Insane asylums in Bengal annual reports 1867-1875 - 1867-1875
Year: 1867
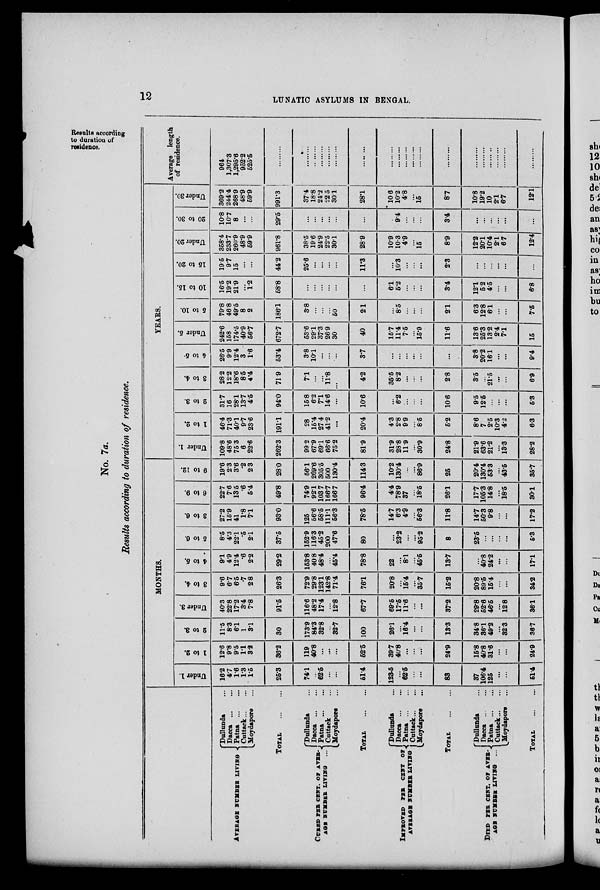
12
LUNATIC ASYLUMS IN BENGAL.
No. 7a.
Results according to duration of residence.
Results according
to duration of
residence.
AVERAGE NUMBER LIVING
Dullunda ...
Dacca
...
...
Patna
...
...
Cuttack ... ...
Moydapore ...
TOTAL
...
CURED PER CENT. OF AVER-
AGE NUMBER LIVING ...
Dullunda ...
Dacca ... ...
Patna ... ...
Cuttack ...
Moydapore ...
TOTAL ...
IMPROVED PER CENT OF
AVERAGE NUMBER LIVING
Dullunda ...
Dacca ... ...
Patna
...
...
Cuttack ... ...
Moydapore ...
TOTAL ...
DIED PER CENT. OF AVER-
AGE NUMBER LIVING ...
Dullunda ...
Dacca
...
...
Patna
...
...
Cuttack ... ...
Moydapore ...
TOTAL ...
MONTHS.
Under 1.
16.2
4.7
1.6 1.3
1.5
25.3
74.1
...
62.5
...
...
51.4
123.5
...
62.5
...
...
83
37
106.4
125
...
...
51.4
1 to 2.
12.6
9.8
9.5
1.1
3.2
36.2
119
40.8
...
...
...
52.5
39.7
40.8
...
...
...
24.9
15.8
40.8
31.6
...
...
24.9
2 to 3.
11.5
8.3
6.1
1
3.1
30
173.9
84.3
32.8
...
32.7
100
26.1
...
16.4
...
...
13.3
34.8
36.1
49.2
...
32.3
36.7
Under 3.
40.3
22.8
17.2
3.4
7.8
91.5
116.6
48.2
17.4
...
12.8
67.7
69.5
17.5
11.6
...
...
37.2
29.8
52.6
46.5
...
12.8
36.1
3 to 4.
9.6
6.7
6.5
.7
2.8
26.3
72.9
29.8
123.1
142.8
71.4
76.1
20.8
...
15.4
...
35.7
15.2
20.8
89.5
15.4
...
...
34.2
4 to 5.
9.1
4.9
12.4
.6
2.2
29.2
153.8
40.8
48.4
...
45.4
78.8
22
...
8.1
...
45.5
13.7
...
40.8
24.2
...
...
17.1
5to 6.
8.5
4.3
22.1
.5
2.1
37.5
152.9
116.3
45.2
200
47.6
80
...
23.2
...
...
95.2
8
23.5
...
...
...
...
5.3
3 to 6.
27.2
15.9
41
1.8
7.1
93.0
125
56.6
58.5
111.1
56.3
78.5
14.7
6.3
4.9
...
56.3
11.8
14.7
50.3
9.8
...
...
17.2
6 to 9.
22.7
7.6
13.5
.6
5.4
49.8
74.9
92.1
103. 7
166.7
166.7
96.4
4.4
78.9
37
...
18.5
26.1
17.7
105.3
14.8
...
18.5
30.1
9 to 12.
19.6
2.3
3.6
.2
2.3
28.0
56.1
269.6
305.5
500
130.4
114.3
10.2
130.4
...
...
86.9
25
20.4
130.4
53.3
...
43.5
35.7
YEARS.
Under 1.
109.8
48.6
75 3
6
22.6
262.3
99.2
67.9
69.1
66.6
75.2
81.9
31.9
28.8
11.9
...
30.9
24.8
21.9
63.6
21.2
...
13.3
28.2
1 to 2.
46.4
71.3
40.1
9.7
23.6
1911
28
15.4
27.4
41.2
...
20.4
4.3
2.8
9.9
...
8.5
5.2
8.6
7
2.5
10.3
4.2
6.3
2 to 3.
31.7
16
28.1
13.7
4.5
94.0
15.8
6.2
7.1
14.6
...
10.6
...
6.2
...
...
...
10.6
9.5
12.5
...
...
...
5.3
3 to 4.
28.2
12.2
18.6
8.5
4.4
71.9
7.1
...
...
11.8
...
4.2
35.5
8.2
...
...
...
2.8
3.5
...
21.5
. ..
...
6.9
4 to 5.
26.5
9.9
12.4
3
1.6
53.4
3.8
10.1
...
...
...
3.7
...
...
...
...
...
...
3.8
20.2
16.1
...
...
9.4
Under 5.
242.6
158
174.5
40.9
56.7
672.7
53.6
29.1
37.3
26.9
30
40
15.7
11.4
7.5
...
15.9
11.6
13.6
25.3
13.2
2.4
7.1
15
5 to 10.
79.8
46.8
49.5
8
2
186.1
3.8
...
...
...
50
2.1
...
8.5
...
...
...
2.1
6.3
12.8
6.1
...
...
7.5
10 to 15.
16.5
19.2
21.9
. ..
1.2
58.8
...
. . .
...
...
...
...
6.1
5.2
...
...
...
3.4
12.1
5.2
4.5
...
...
6.8
15 to 20.
19.5
9.7
15
...
...
44.2
25.6
...
...
...
...
11.3
...
10.3
...
...
...
2.3
...
...
...
...
...
...
Under 20.
358.4
233.7
260.9
48.9
59.9
961.8
38.5
19.6
24.9
22.5
30.1
28.9
10.9
10.3
4.9
...
15
8.9
12.2
20.1
10.4
2.1
6.7
12.4
20 to 30.
10.8
10.7
8
...
...
29.5
...
...
...
...
...
...
...
9.4
...
...
...
3.4
...
...
...
...
...
...
Under 30.
369.2
244.4
268.9
48.9
59.9
991.3
37.4
18.8
24.2
22.5
30.1
28.1
106
10.2
4.8
...
15
8.7
10.8
19.2
10
2.1
6.7
12.1
Average length
of residence.
964
1,307.3
1,295.6
952.2
525.5